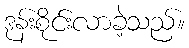
ဒုန်းစိုင်းလာခဲ့သည်။